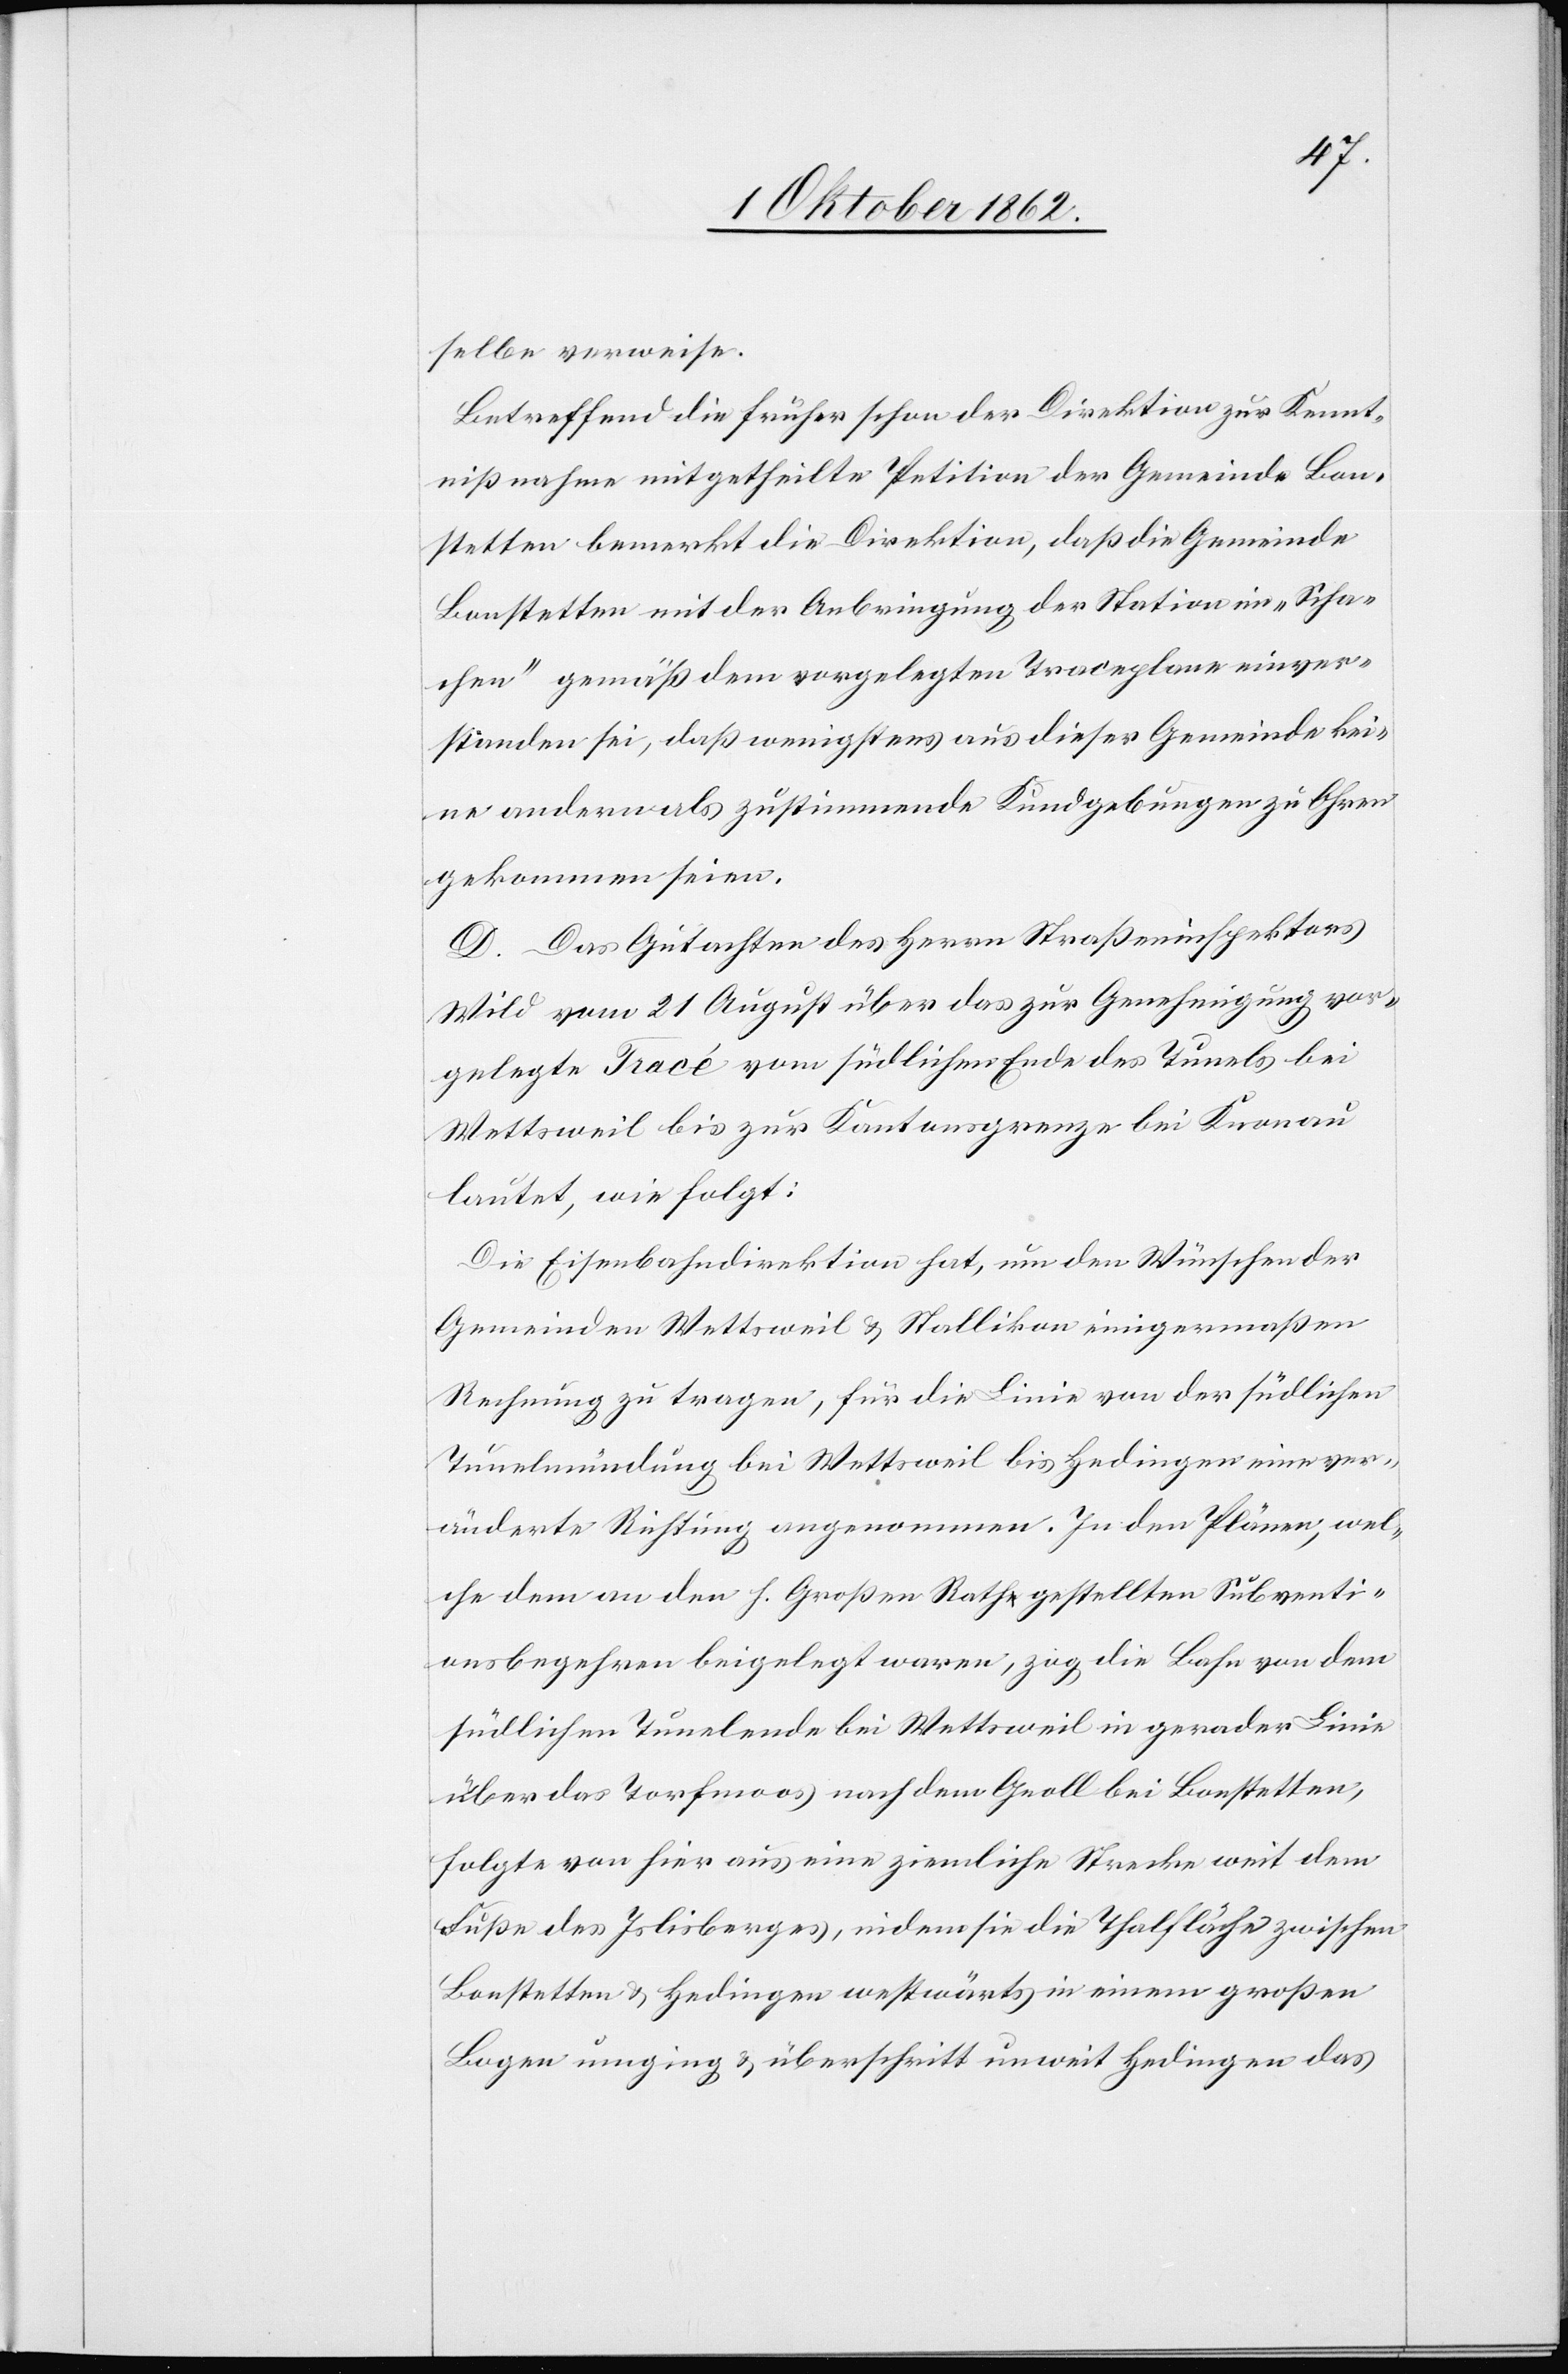
selbe verweise.
Betreffend die früher schon der Direktion zur Kennt¬
nißnahme mitgetheilte Petition der Gemeinde Bon¬
stetten bemerkt die Direktion, daß die Gemeinde
Bonstetten mit der Anbringung der Station im „Scha¬
chen“ gemäß dem vorgelegten Traceplane einver¬
standen sei, daß wenigstens aus dieser Gemeinde kei¬
ne anderen als zustimmende Kundgebungen zu Ohren
gekommen seien.
D. Das Gutachten des Herrn Straßeninspektors
Wild vom 21. August über das zur Genehmigung vor¬
gelegte Tracé vom südlichen Ende des Tunels bei
Wettsweil bis zur Kantonsgrenze bei Knonau
lautet, wie folgt:
Die Eisenbahndirektion hat, um den Wünschen der
Gemeinden Wettsweil u. Stallikon einigermaßen
Rechnung zutragen, für die Linie von der südlichen
Tunelmündung bei Wettsweil bis Hedingen eine ver¬
änderte Richtung angenommnen. In den Plänen, wel¬
che dem an den H. Großen Rathe gestellten Subventi¬
onsbegehren beigelegt waren, zog die Bahn von dem
südlichen Tunelende bei Wettsweil in gerader Linie
über das Torfmoos nach dem Groll bei Bonstetten,
folgte von hier aus eine ziemliche Strecke weit dem
Fuße des Islisberges, indem sie die Thalfläche zwischen
Bonstetten u. Hedingen westwärts in einem großen
Bogen umging u. überschritt unweit Hedingen das